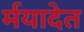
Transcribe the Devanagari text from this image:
र्मयादेत